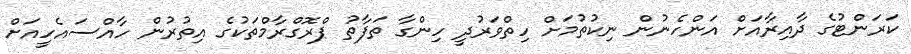
ކަރަންޓުގެ ދާއިރާއަށް އަންހެނުން ނިކުތުމަށް ހިތްވަރުދީ ހިންގާ ތަފާތު ޕްރޮގްރާމްތަކުގެ އިތުރުން ހާއްސައެހީއަށް